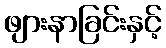
ဖျားနာခြင်းနှင့်